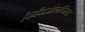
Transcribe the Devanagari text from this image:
फिजिओलॉजिस्ट